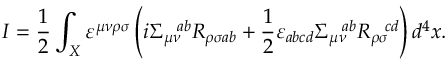
I = \frac { 1 } { 2 } \int _ { X } \varepsilon ^ { \mu \nu \rho \sigma } \left( i \Sigma _ { \mu \nu } ^ { \ \ a b } R _ { \rho \sigma a b } + \frac { 1 } { 2 } \varepsilon _ { a b c d } \Sigma _ { \mu \nu } ^ { \ \ a b } R _ { \rho \sigma } ^ { \ \ c d } \right) d ^ { 4 } x .